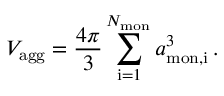
V _ { \mathrm { a g g } } = \frac { 4 \pi } { 3 } \sum _ { \mathrm { i } = 1 } ^ { N _ { \mathrm { m o n } } } a _ { \mathrm { m o n , i } } ^ { 3 } \, .